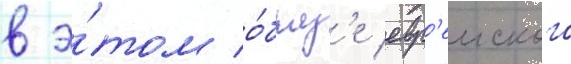
в э́том о́браз'е евр'еиского